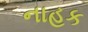
નાહક